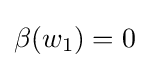
\beta (w_{1})=0